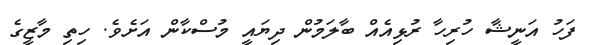
ފަހު އަނީޝާ ހުރިހާ ރުޅިއެއް ބާލަމުން ދިޔައީ މުސްކާން އަށެވެ. ހިތި މާޒީގެ